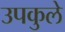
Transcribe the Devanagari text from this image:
उपकुले